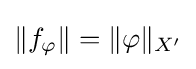
\left\|f_{\varphi }\right\|=\|\varphi \|_{X^{\prime }}